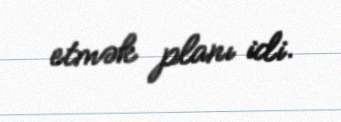
etmək planı idi.